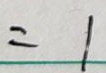
= 1